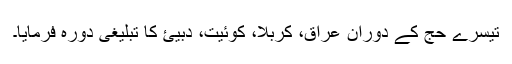
تیسرے حج کے دوران عراق، کربلا، کوئیت، دبیئ کا تبلیغی دورہ فرمایا۔